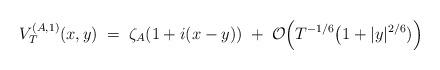
LaTeX: \begin{align*}V_T^{({A},1)}(x,y)\;= \; \zeta_{A}(1+i(x-y))\;+\; \mathcal{O}\Big( T^{-1/6}\big(1+|y|^{2/6})\Big)\end{align*}